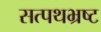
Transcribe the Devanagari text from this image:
सत्पथभ्रष्ट